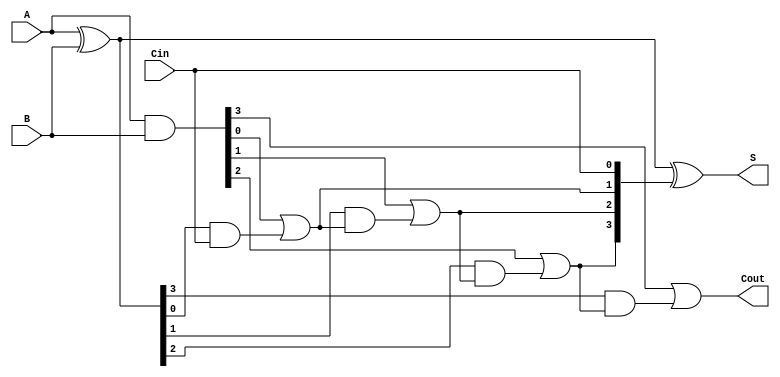
module RCLA #(parameter N = 4) (
    input  [N-1:0] A,      // First operand
    input  [N-1:0] B,      // Second operand
    input          Cin,     // Carry input
    output [N-1:0] S,      // Sum output
    output         Cout     // Carry output
);

    wire [N-1:0] G;        // Generate signals
    wire [N-1:0] P;        // Propagate signals
    wire [N:0] C;          // Carry signals

    // Generate and Propagate calculations
    assign G = A & B;      // Generate: Gi = Ai AND Bi
    assign P = A ^ B;      // Propagate: Pi = Ai XOR Bi

    // Carry Lookahead Logic
    assign C[0] = Cin;     // Carry in to first bit
    genvar i;
    generate
        for (i = 0; i < N; i = i + 1) begin : carry_logic
            assign C[i + 1] = G[i] | (P[i] & C[i]);  // Carry calculation
        end
    endgenerate

    // Sum Logic
    assign S = P ^ C[N-1:0]; // Sum: Si = Ai XOR Bi XOR Ci

    // Final Carry Out
    assign Cout = C[N];    // Carry out of the last bit

endmodule